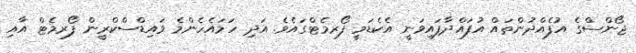
ޖޯންސްގެ އުފެއްދުންތައް އުފައްދާފައިވަނީ އެކެޑަމީ ފޯރމެޓްގައެވެ. އަދި ހަމައެހެންމެ ވައިޑްސްކްރީން ފޯރމެޓް އާއި